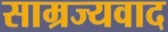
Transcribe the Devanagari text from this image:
साम्रज्यवाद